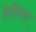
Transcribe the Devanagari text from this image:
हेसियत